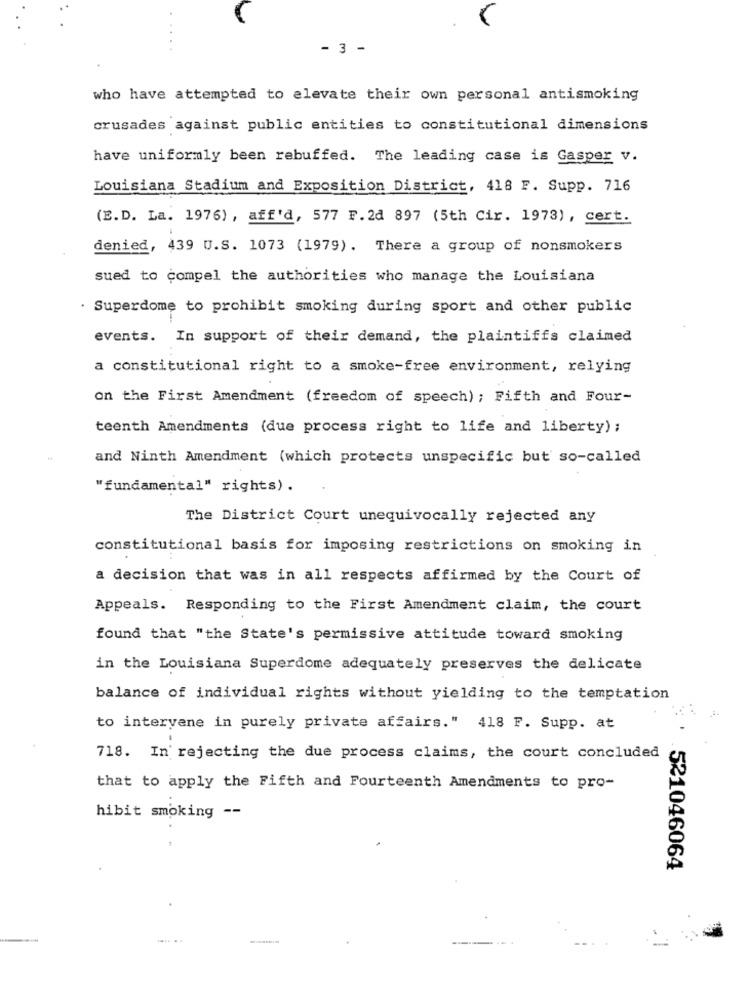
- 3 -
who have attempted to elevate their own personal antismoking
crusades against public entities to constitutional dimensions
have uniformly been rebuffed. The leading case is Gasper v.
Louisiana Stadium and Exposition District, 418 F. Supp. 716
(E.D. La. 1976) , aff'd, 577 F. 2d 897 (5th Cir. 1973), cert.
denied, 439 U.S. 1073 (1979). There a group of nonsmokers
sued to compel the authorities who manage the Louisiana
. Superdome to prohibit smoking during sport and other public
events. In support of their demand, the plaintiffs claimed
a constitutional right to a smoke-free environment, relying
on the First Amendment (freedom of speech) ; Fifth and Four-
teenth Amendments (due process right to life and liberty) ;
and Ninth Amendment (which protects unspecific but so-called
"fundamental" rights).
The District Court unequivocally rejected any
constitutional basis for imposing restrictions on smoking in
a decision that was in all respects affirmed by the Court of
Appeals. Responding to the First Amendment claim, the court
found that "the State's permissive attitude toward smoking
in the Louisiana Superdome adequately preserves the delicate
balance of individual rights without yielding to the temptation
to intervene in purely private affairs." 418 F. Supp. at
718. In rejecting the due process claims, the court concluded
that to apply the Fifth and Fourteenth Amendments to pro-
hibit smoking --
.521046064